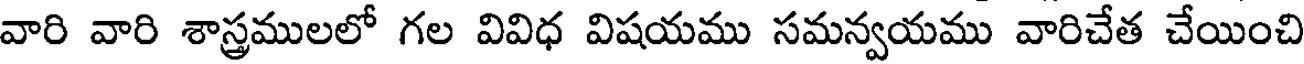
వారి వారి శాస్త్రములలో గల వివిధ విషయము సమన్వయము వారిచేత చేయించి